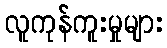
လူကုန်ကူးမှုများ